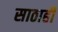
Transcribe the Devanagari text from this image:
साठाही